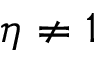
\eta \neq 1